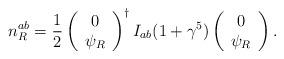
LaTeX: \begin{align*}n_R^{ab}=\frac 12\left(\begin{array}{c}0 \\\psi _R\end{array}\right) ^{\dagger }I_{ab}(1+\gamma ^5)\left(\begin{array}{c}0 \\\psi _R\end{array}\right) .\end{align*}